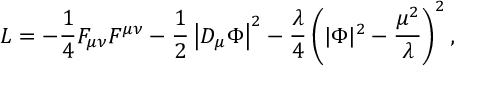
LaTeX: L = - { \frac { 1 } { 4 } } F _ { \mu \nu } F ^ { \mu \nu } - { \frac { 1 } { 2 } } \left| D _ { \mu } \Phi \right| ^ { 2 } - { \frac { \lambda } { 4 } } \left( | \Phi | ^ { 2 } - { \frac { \mu ^ { 2 } } { \lambda } } \right) ^ { 2 } ,